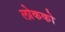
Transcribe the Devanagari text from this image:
लोकको